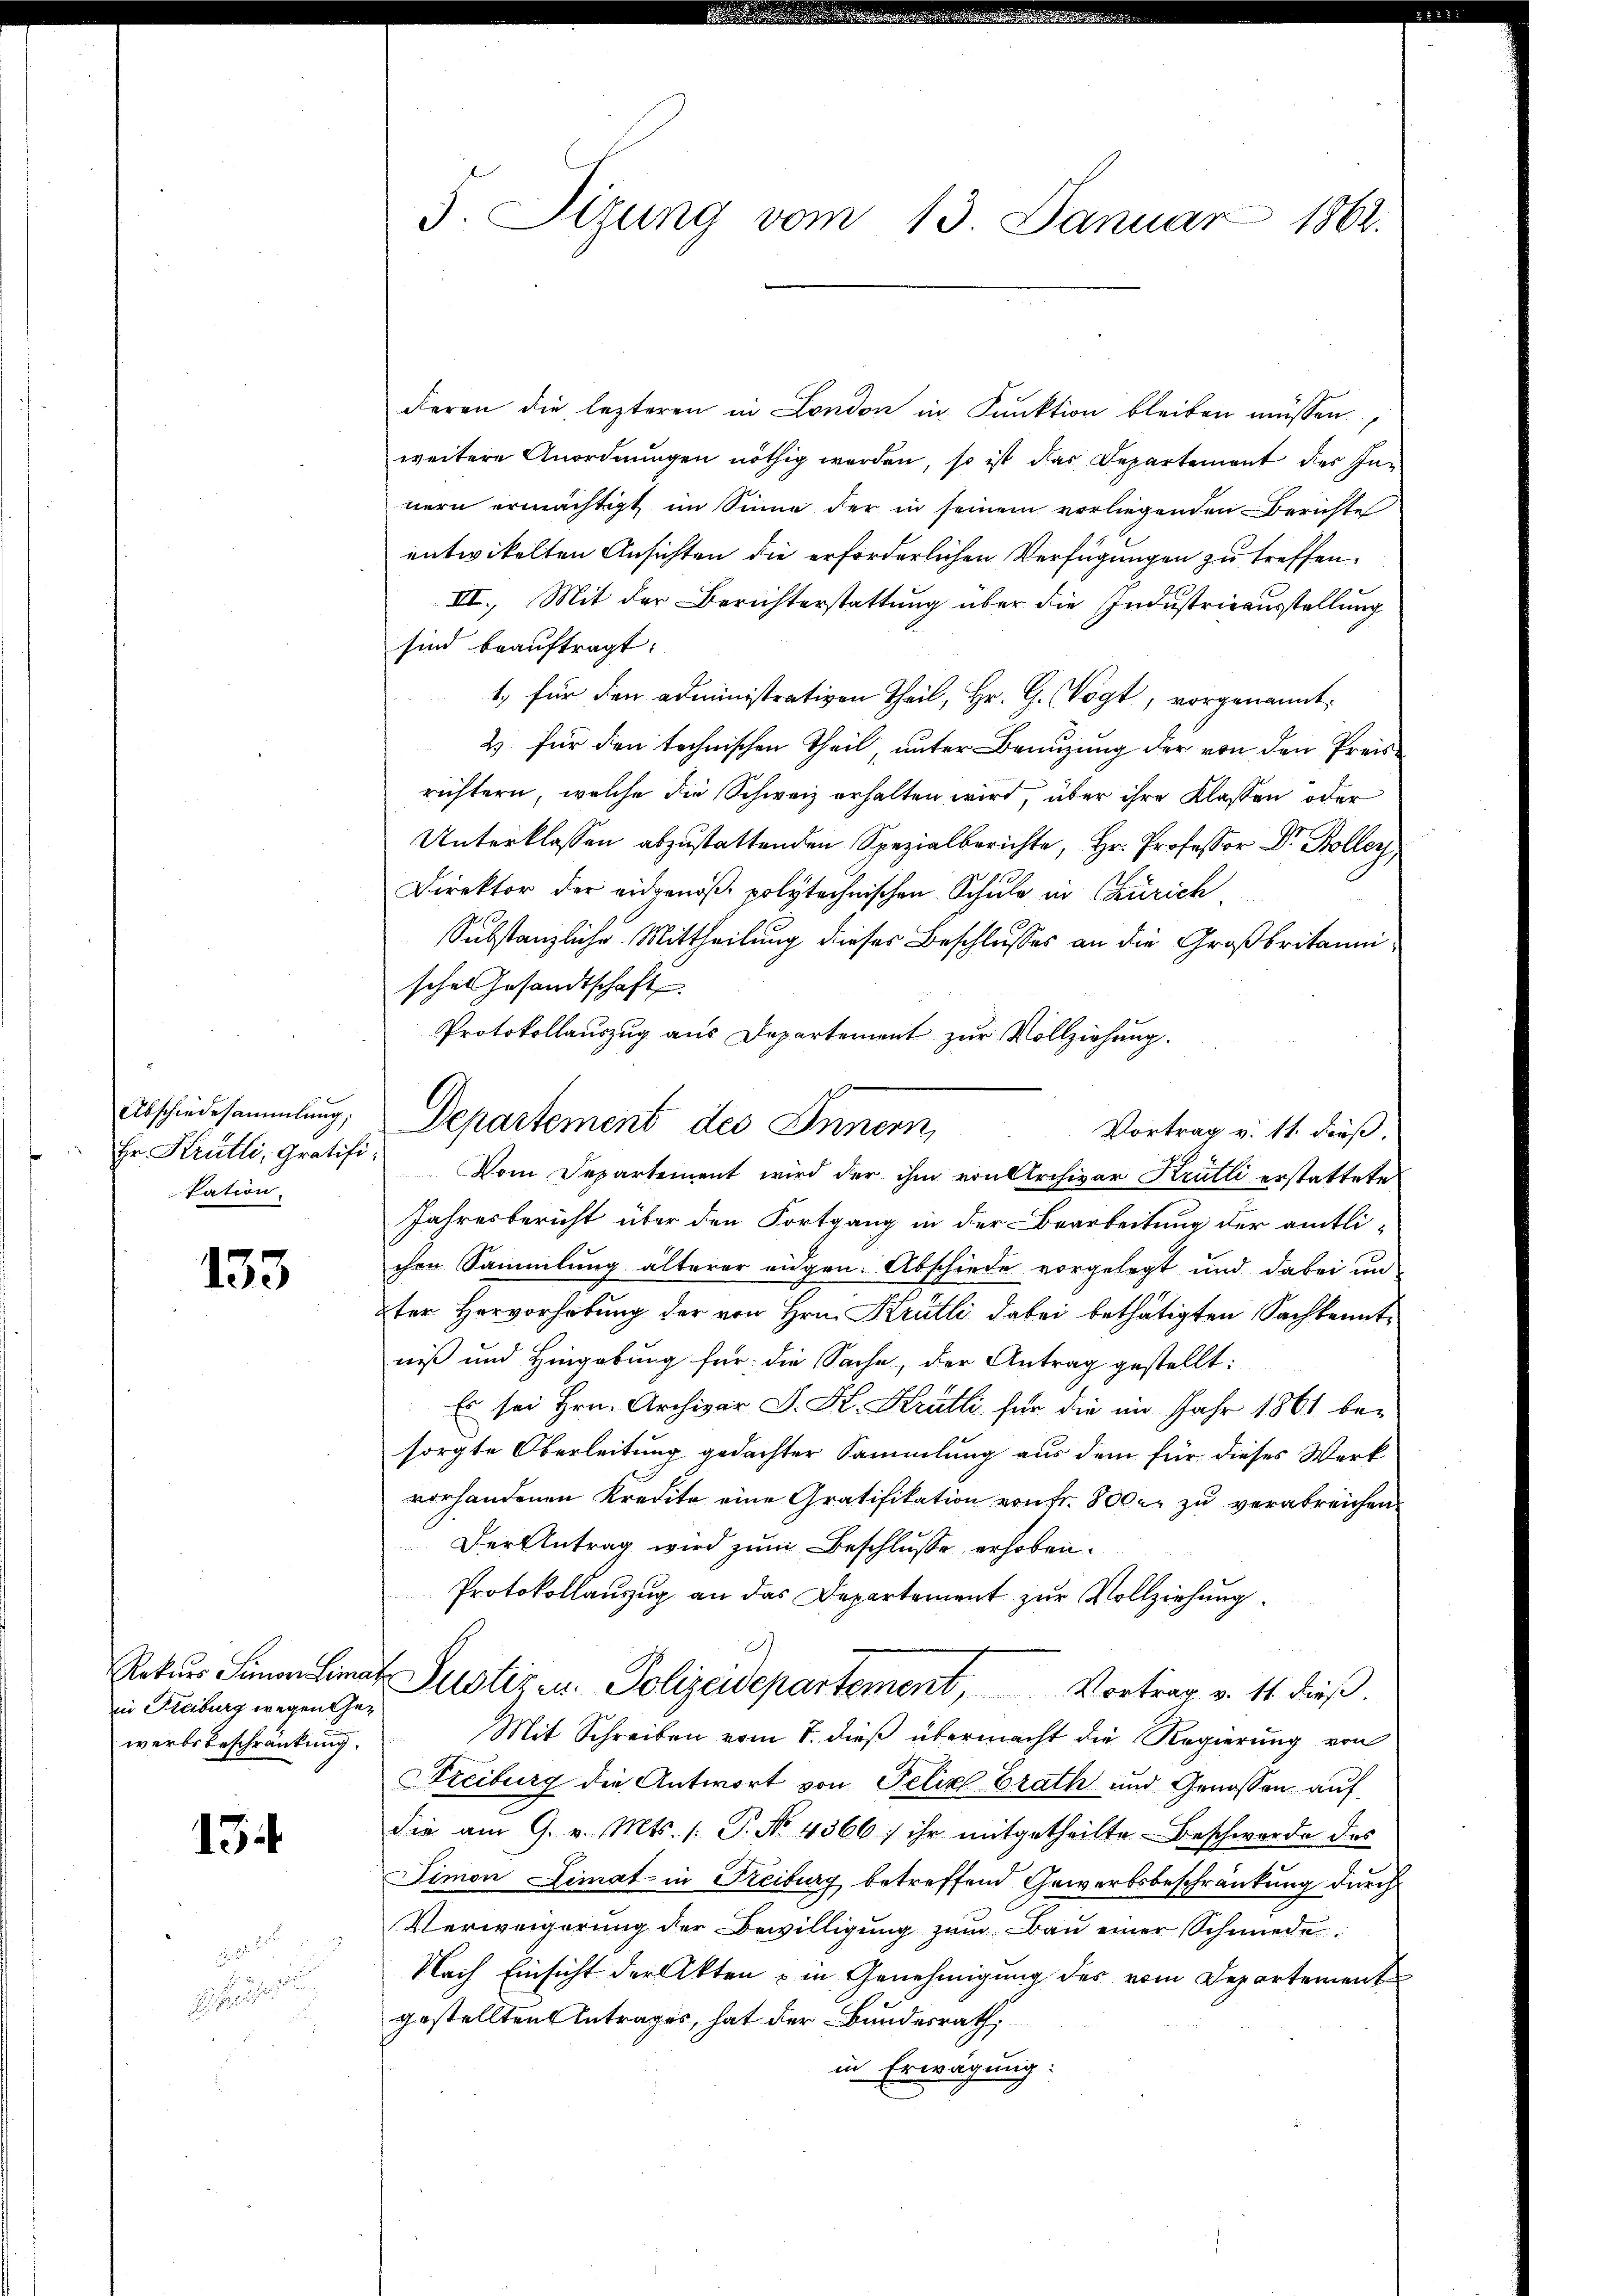
Abschiedesammlung;
Er Krütli, Gratifi
kation.

133

Rekurs Simon Limat
in Freiburg wegen Gewerbsbeschränkung.

13

5. Sizung vom 13. Januar 1862.

deren die lezteren in London in Funktion bleiben müssen,
weitere Anordnungen nöthig worden, so ist das Departement des Innern ermächtigt im Sinne der in seinem vorliegenden Berichte
entwickelten Ansichten die erforderlichen Verfügungen zu treffen.
III. Mit der Berichterstattung über die Industrieausstellung
sind beauftragt:
1.) für den administrativen Theil, Hr. G. Vogt, vorgenannt:
2. für den technischen Theil, unter Benuzung der von den Preisrichtern, welche die Schweiz erhalten wird, über ihre Klassen oder
Unterklassen abzustattenden Spezialberichte, Hr. Professor Dr. Boller
Direktor der eidgenöß polytechnischen Schule in Zürich
Substanzliche Mittheilung dieser Beschlusses an die Großbritanni
schen Gesandtschaft
Protokollauszug aus Departement zur Vollziehung.
Vom Departement wird der ihm von Archivar Krütli erstattete
Jahresbericht über den Fortgang in der Bearbeitung der amtlichen Sammlung älterer augen. Abschiede vorgelegt und dabei un
ter Hervorhebung der von Hrn. Krütli dabei bethätigten Sachkenntniß und Hingebung für die Sache, der Antrag gestellt:
Es sei Hrn. Archivar J. H. Krätli für die im Jahr 1861 besorgte Oberleitung gedachter Sammlung aus dem für dieses Werk
vorhandenen Kredite eine Gratifikation von Fr. 800 er zu verabreichen
Der Antrag wird zum Beschlusse erhoben.
Protokollauzug an das Departement zur Vollziehung.
t
Justizen. Polizeidepartement Vortrag v. 14. dieß.
Mit Schreiben vom 8. dieß übermacht die Regierung von
Freiburg die Antwort von Felix Erath und Genossen auf
die am 9. v. Mts. 1. P. No. 4366) ihr mitgetheilte Beschwerde des
Simon Limat in Freiburg betreffend Gewerbsbeschränkung durch
Verweigerŭng der Bewilligŭng zŭm Baŭ einer Schmiede¬
Nach Einsicht der Akten u in Genehmigung des vom Departement
gestellten Antrages, hat der Bundesrath,
in Erwägung:

Departement des Innern,
Vortrag v. 11. dieß.